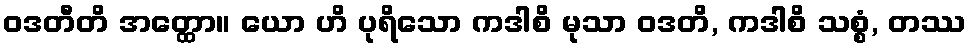
ဝဒတီတိ အတ္ထော။ ယော ဟိ ပုရိသော ကဒါစိ မုသာ ဝဒတိ, ကဒါစိ သစ္စံ, တဿ